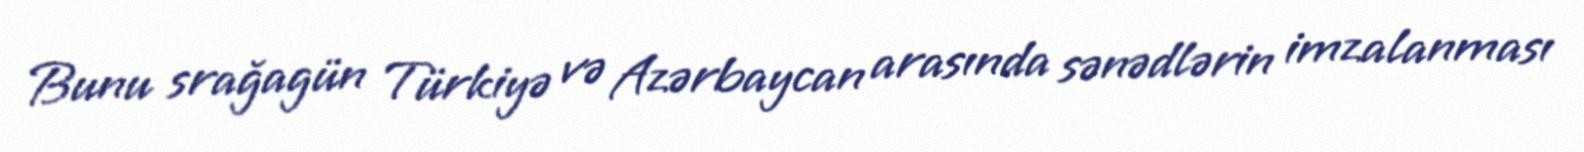
Bunu srağagün Türkiyə və Azərbaycan arasında sənədlərin imzalanması